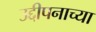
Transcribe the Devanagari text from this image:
उद्दीपनाच्या